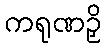
ကရုဏဉှိ